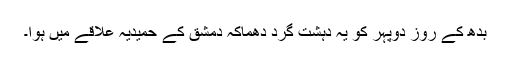
بدھ کے روز دوپہر کو یہ دہشت گرد دھماکہ دمشق کے حمیدیہ علاقے میں ہوا۔